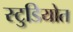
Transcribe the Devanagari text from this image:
स्टुडियोत